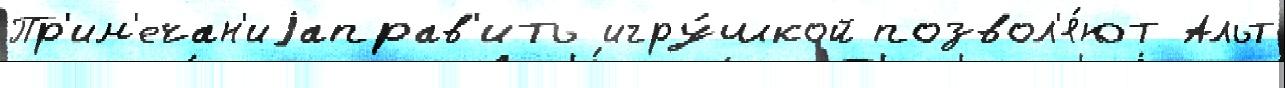
Пр'им'ечан'иjаправ'ить игру́шкой позвол'я́ют Альт